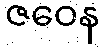
ဇဝေန